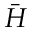
\bar { H }